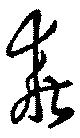
乖